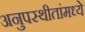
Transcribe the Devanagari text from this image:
अनुपस्थीतांमध्ये